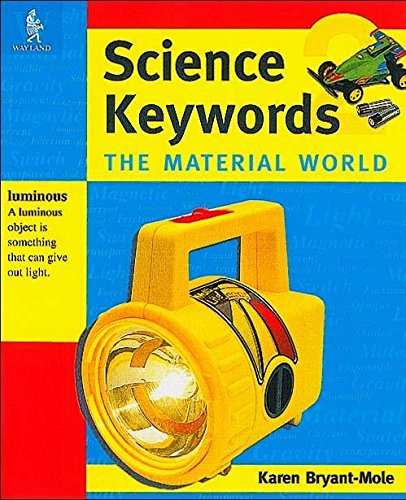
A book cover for Science Keywords: The Material World; Karen Bryant-Mole; Children's Books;